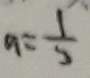
a = \frac { 1 } { 3 }